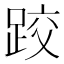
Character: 跤